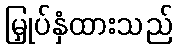
မြှုပ်နှံထားသည်